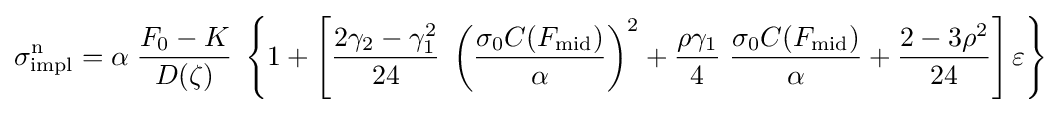
\sigma _{\text{impl}}^{\text{n}}=\alpha \;{\frac {F_{0}-K}{D(\zeta )}}\;\left\{1+\left[{\frac {2\gamma _{2}-\gamma _{1}^{2}}{24}}\;\left({\frac {\sigma _{0}C(F_{\text{mid}})}{\alpha }}\right)^{2}+{\frac {\rho \gamma _{1}}{4}}\;{\frac {\sigma _{0}C(F_{\text{mid}})}{\alpha }}+{\frac {2-3\rho ^{2}}{24}}\right]\varepsilon \right\}